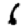
Digit: 6